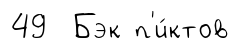
49 Бэк п'и́ктов